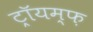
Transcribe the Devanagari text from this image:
ट्रॉयम्फ़